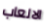
الالعاب